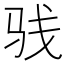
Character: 𩧩